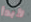
لأبدأ